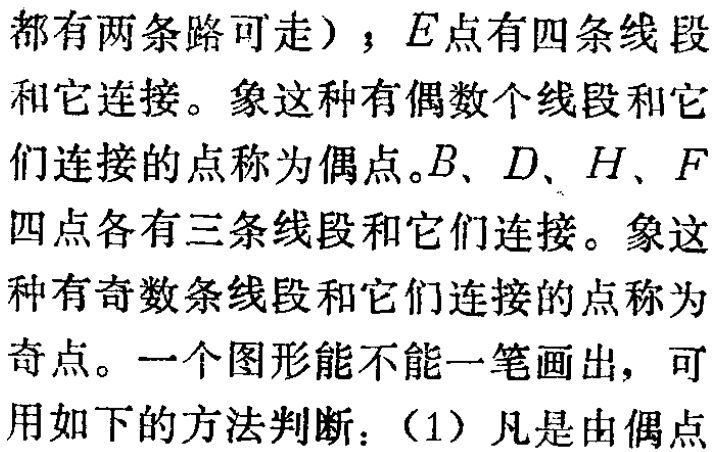
都有两条路可走）；$E$点有四条线段和它连接。象这种有偶数个线段和它们连接的点称为偶点。$B、D、H、F$四点各有三条线段和它们连接。象这种有奇数条线段和它们连接的点称为奇点。一个图形能不能一笔画出，可用如下的方法判断：（1）凡是由偶点